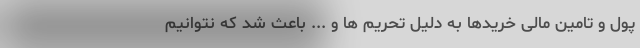
پول و تامین مالی خریدها به دلیل تحریم ها و ... باعث شد که نتوانیم